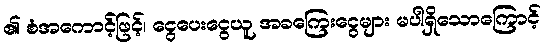
၏ စံအကောင့်ဖြင့်၊ ငွေပေးငွေယူ အခကြေးငွေများ မပါရှိသောကြောင့်